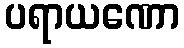
ပရာယဏော